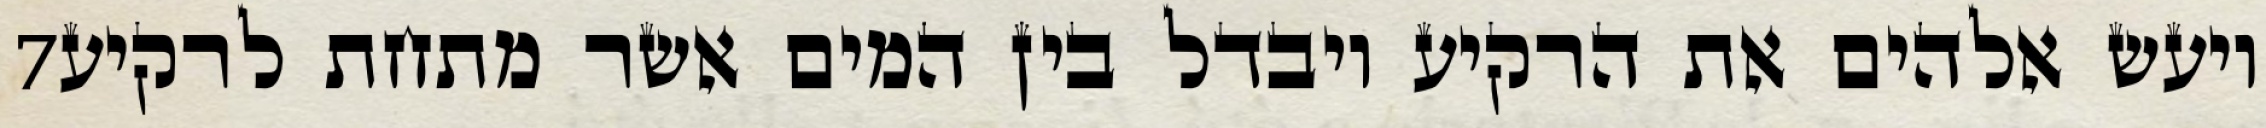
‎7‏ ויעש אלהים את הרקיע ויבדל בין המים אשר מתחת לרקיע